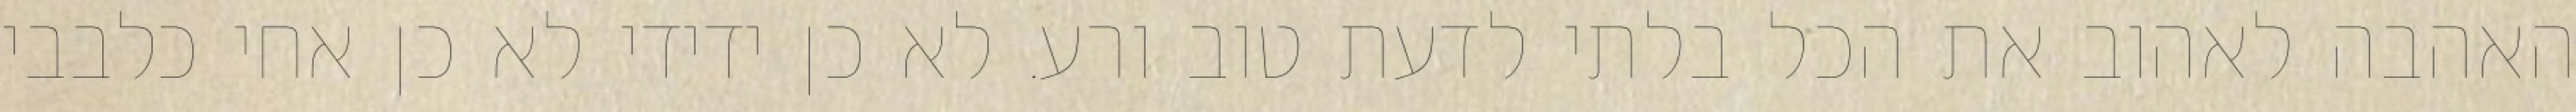
האהבה לאהוב את הכל בלתי לדעת טוב ורע. לא כן ידידי לא כן אחי כלבבי